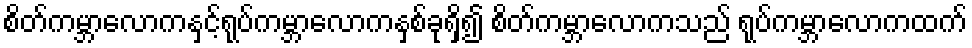
စိတ်ကမ္ဘာလောကနှင့်ရုပ်ကမ္ဘာလောကနှစ်ခုရှိ၍ စိတ်ကမ္ဘာလောကသည် ရုပ်ကမ္ဘာလောကထက်